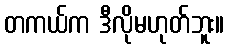
တကယ်က ဒီလိုမဟုတ်ဘူး။